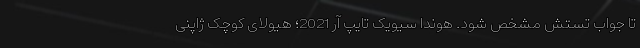
تا جواب تستش مشخص شود. هوندا سیویک تایپ آر 2021؛ هیولای کوچک ژاپنی